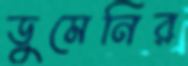
ডুমেনির